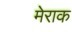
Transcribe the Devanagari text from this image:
मेराक